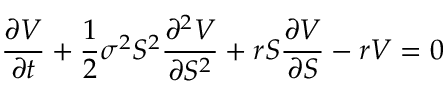
{ \frac { \partial V } { \partial t } } + { \frac { 1 } { 2 } } \sigma ^ { 2 } S ^ { 2 } { \frac { \partial ^ { 2 } V } { \partial S ^ { 2 } } } + r S { \frac { \partial V } { \partial S } } - r V = 0